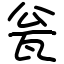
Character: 瓮